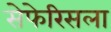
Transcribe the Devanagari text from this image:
सेफेरिसला